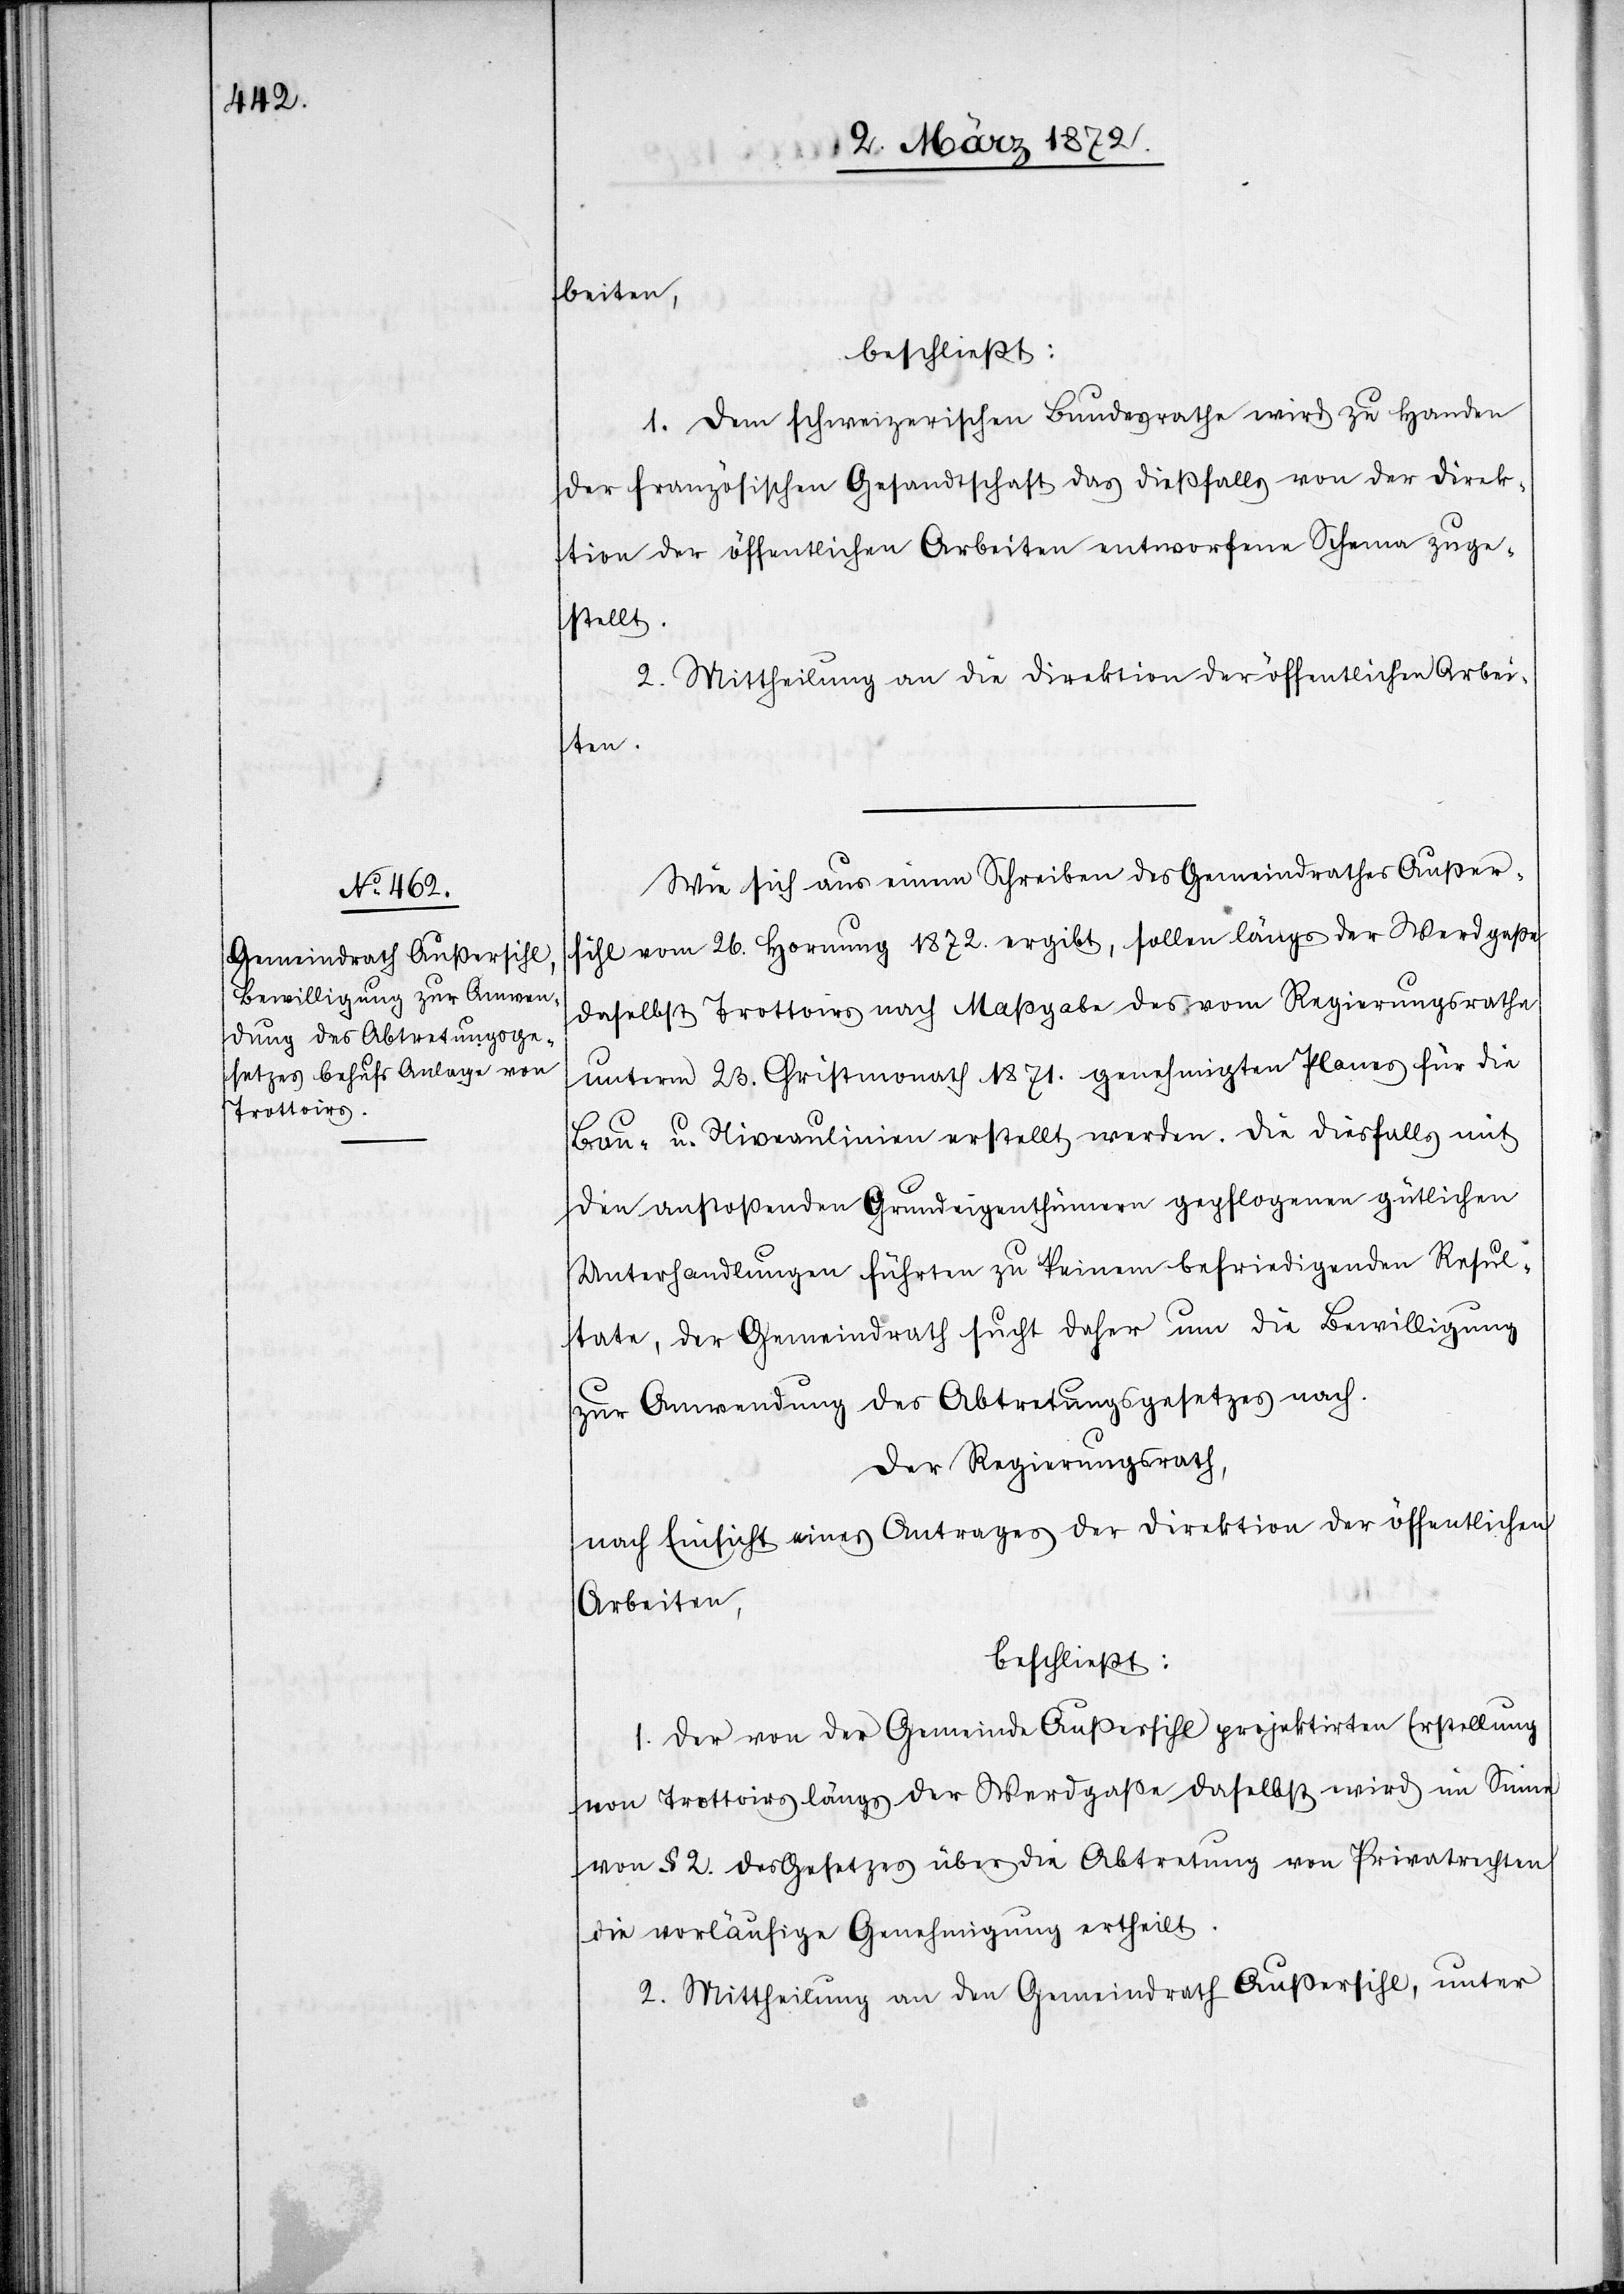
beiten,
beschließt:
1. Dem schweizerischen Bundesrathe wird zu Handen
der französischen Gesandtschaft das dießfalls von der Direk¬
tion der öffentlichen Arbeiten entworfene Schema zuge¬
stellt.
2. Mittheilung an die Direktion der öffentlichen Arbei¬
ten.
Wie sich aus einem Schreiben des Gemeindrathes Außer¬
sihl vom 26. Hornung 1872. ergibt, sollen längs der Werdgaße
daselbst Trottoirs nach Maßgabe des vom Regierungsrathe
unterm 23. Christmonath 1871. genehmigten Planes für die
Bau- u. Niveaulinien erstellt werden. Die diesfalls mit
den anstoßenden Grundeigenthümern gepflogenen gütlichen
Unterhandlungen führten zu keinem befriedigenden Resul¬
tat, der Gemeindrath sucht daher um die Bewilligung
zur Anwendung des Abtretungsgesetzes nach.
Der Regierungsrath,
nach Einsicht eines Antrages der Direktion der öffentlichen
Arbeiten,
beschließt:
1. Der von der Gemeinde Außersihl projektirten Erstellung
von Trottoirs längs der Werdgaße daselbst wird im Sinne
von § 2. des Gesetzes über die Abtretung von Privatrechten
die vorläufige Genehmigung ertheilt.
2. Mittheilung an den Gemeindrath Außersihl, unter